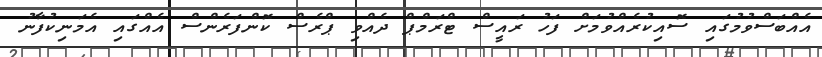
އެއްބަސްވުމުގައި ސޮއިކުރެއްވުމަށް ފަހު ރައީސް ޓްރަމްޕް ދެއްވި ޕްރެސް ކޮންފަރެންސް އެއްގައި އެމަނިކުފާނު